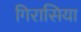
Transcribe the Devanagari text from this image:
गिरासिया